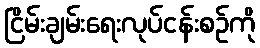
ငြိမ်းချမ်းရေးလုပ်ငန်းစဉ်ကို